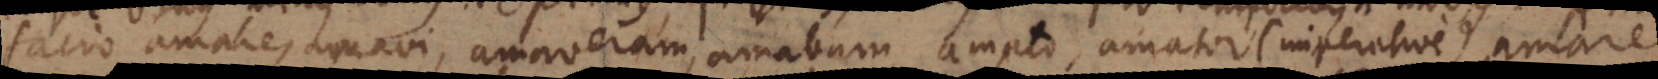
facio amare, amavi, amaveram, amabam, amato, amator (imperative), amare